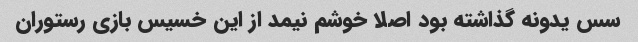
سس یدونه گذاشته بود اصلا خوشم نیمد از این خسیس بازی رستوران